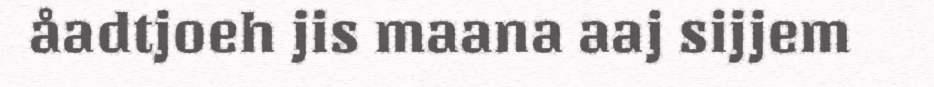
åadtjoeh jis maana aaj sijjem